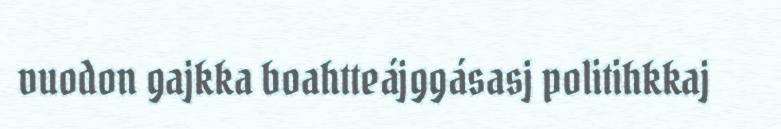
vuodon gajkka boahtteájggásasj politihkkaj